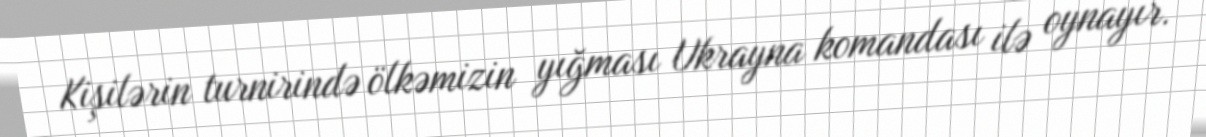
Kişilərin turnirində ölkəmizin yığması Ukrayna komandası ilə oynayır.